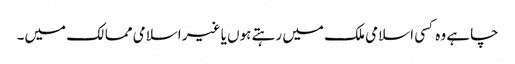
چاہے وہ کسی اسلامی ملک میں رہتے ہوں یا غیر اسلامی ممالک میں۔